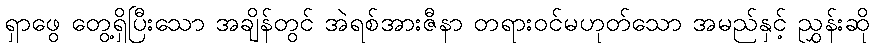
ရှာဖွေ တွေ့ရှိပြီးသော အချိန်တွင် အဲရစ်အားဇီနာ တရားဝင်မဟုတ်သော အမည်နှင့် ညွှန်းဆို